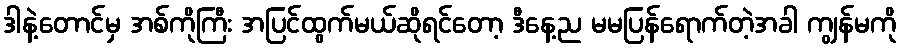
ဒါနဲ့တောင်မှ အစ်ကိုကြီး အပြင်ထွက်မယ်ဆိုရင်တော့ ဒီနေ့ည မမပြန်ရောက်တဲ့အခါ ကျွန်မကို